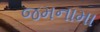
જમનામા